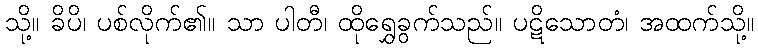
သို့။ ခိပိ၊ ပစ်လိုက်၏။ သာ ပါတီ၊ ထိုရွှေခွက်သည်။ ပဋိသောတံ၊ အထက်သို့။